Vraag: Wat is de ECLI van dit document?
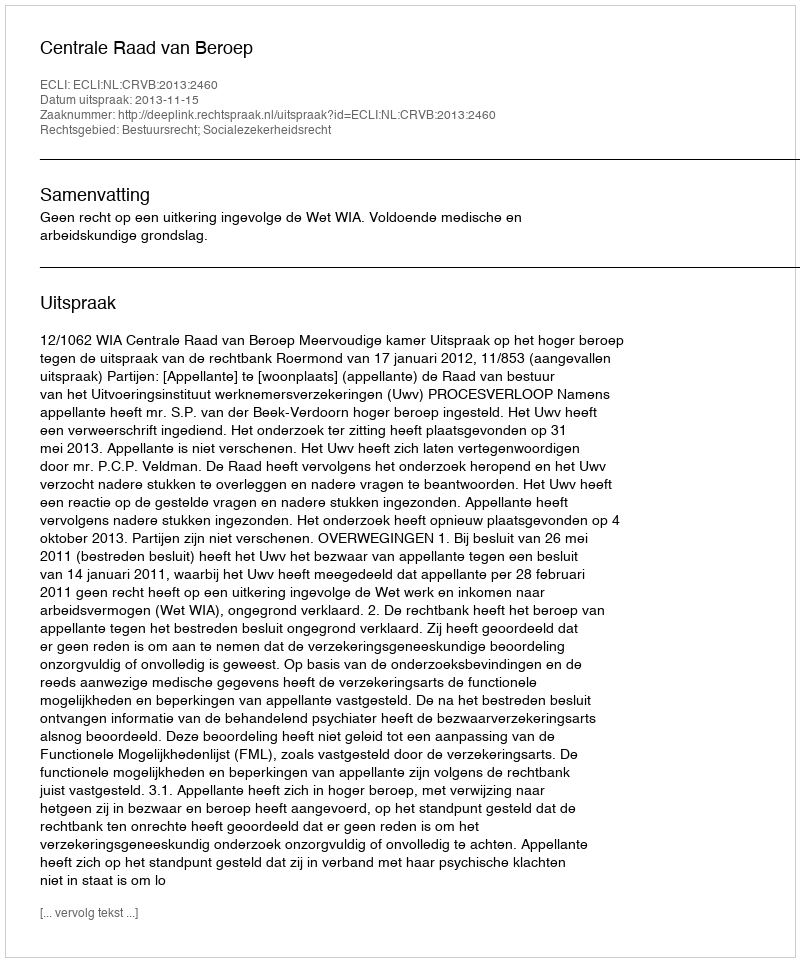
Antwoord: ECLI:NL:CRVB:2013:2460